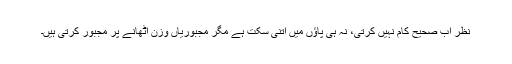
نظر اب صحیح کام نہیں کرتی، نہ ہی پاؤں میں اتنی سکت ہے مگر مجبوریاں وزن اٹھانے پر مجبور کرتی ہیں۔